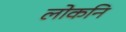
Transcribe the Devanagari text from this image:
लोकनि